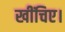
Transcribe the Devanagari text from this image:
खींचिए।